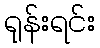
ရုန်းရင်း